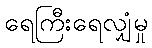
ရေကြီးရေလျှံမှု